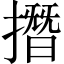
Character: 撍